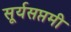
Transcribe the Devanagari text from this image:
सूर्यसप्तमी